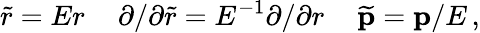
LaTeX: {\widetilde r}=Er\, \quad\partial/\partial{\widetilde r}=E^{-1}\partial/\partial r\, \quad{\widetilde{\mathbf p}}={\mathbf p}/E\, ,